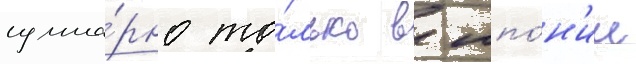
сумма́рно то́лько в япо́н'ии